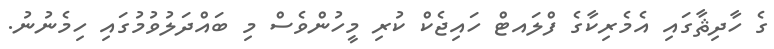
ގެ ހާދިޘާގައި އެމެރިކާގެ ފްލައޓް ހައިޖެކް ކުރި މީހުންވެސް މި ބައްދަލުވުމުގައި ހިމެނުނު.